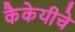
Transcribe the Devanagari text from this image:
कैकेयीचे